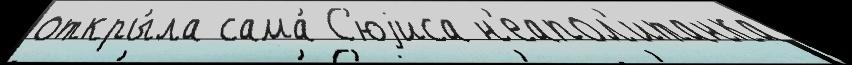
откры́ла сама́ С'юjиса н'еапол'итанка